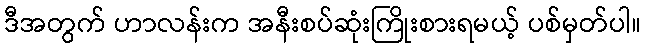
ဒီအတွက် ဟာလန်းက အနီးစပ်ဆုံးကြိုးစားရမယ့် ပစ်မှတ်ပါ။